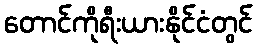
တောင်ကိုရီးယားနိုင်ငံတွင်